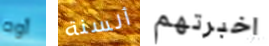
أوه ألسنة اخبرتهم